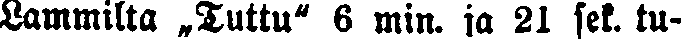
Lammilta „Tuttu" 6 min. ja 21 sek. tu-